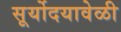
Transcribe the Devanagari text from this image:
सूर्योदयावेळी